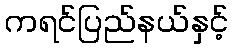
ကရင်ပြည်နယ်နှင့်